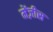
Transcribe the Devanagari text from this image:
मेंज़ीस